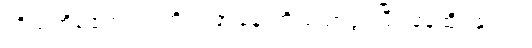
ကိုယ့်ကိုမတွေ့ရင် ကိုယ့် အခန်းကို သော့ဖွင့်ပြီး နေထိုင်နှင့်ပါ။